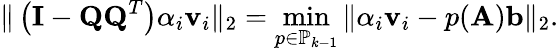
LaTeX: \| \left(\mathbf{I}-\mathbf{QQ}^{T}\right)\alpha_{i}\mathbf{v}_{i}\| _{2}=\operatorname*{min}_{p\in\mathbb{P}_{k-1}}\| \alpha_{i}\mathbf{v}_{i}-p(\mathbf{A})\mathbf{b}\| _{2}.